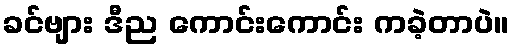
ခင်ဗျား ဒီည ကောင်းကောင်း ကခဲ့တာပဲ။